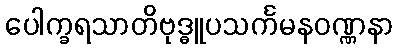
ပေါက္ခရသာတိဗုဒ္ဓူပသင်္ကမနဝဏ္ဏနာ